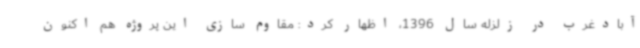
آبادغرب در زلزله سال 1396، اظهار کرد: مقاوم سازی این پروژه هم اکنون